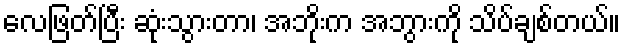
လေဖြတ်ပြီး ဆုံးသွားတာ၊ အဘိုးက အဘွားကို သိပ်ချစ်တယ်။